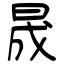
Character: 晟